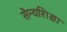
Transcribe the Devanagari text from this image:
सैन्यशिक्षा